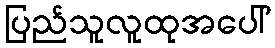
ပြည်သူလူထုအပေါ်